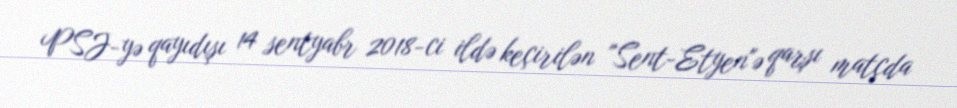
PSJ-yə qayıdışı 14 sentyabr 2018-ci ildə keçirilən "Sent-Etyen"ə qarşı matçda